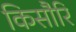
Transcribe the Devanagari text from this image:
किसौरि